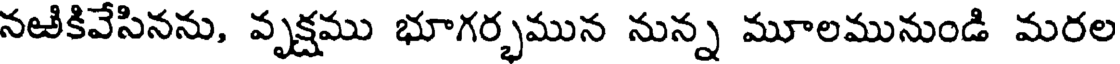
నఱికివేసినను, వృక్షము భూగర్భమున నున్న మూలమునుండి మరల